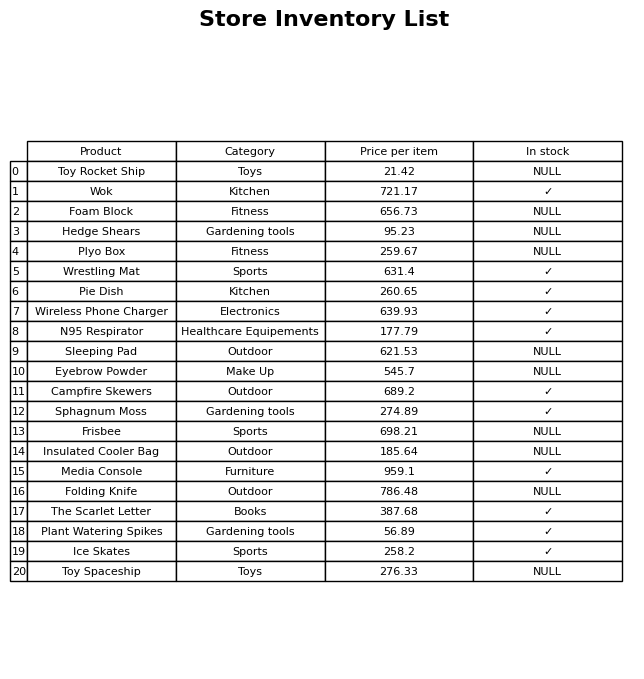
question: Is the Insulated Cooler Bag in stock?
answer: NULL